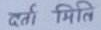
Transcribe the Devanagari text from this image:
दर्ता मिति